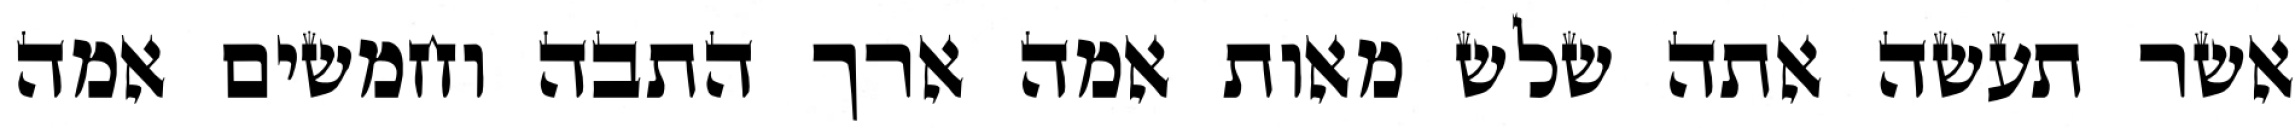
אשר תעשה אתה שלש מאות אמה ארך התבה וחמשים אמה